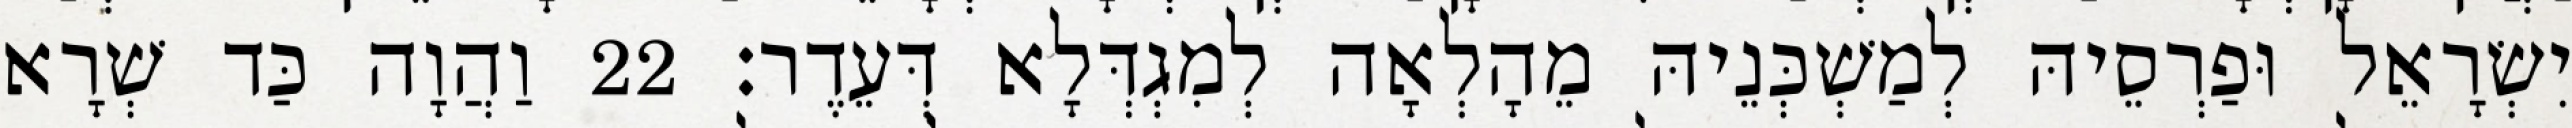
יִשְׂרָאֵל וּפַרְסֵיהּ לְמַשְׁכְּנֵיהּ מֵהָלְאָה לְמִגְדְּלָא דְּעֵדֶר׃ 22 וַהֲוָה כַּד שְׁרָא